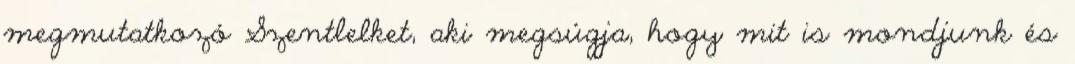
megmutatkozó Szentlelket, aki megsúgja, hogy mit is mondjunk és